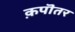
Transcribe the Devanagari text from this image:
क़पॊतर